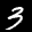
Label: 3